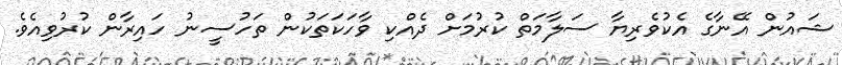
ޝައުން އޭނާގެ އެކުވެރިޔާ ސަލާމަތް ކުރުމަށް ދެއްކި ވާހަކަތަކުން ތަހުސީނު ހައިރާން ކުރުވިއެވެ.